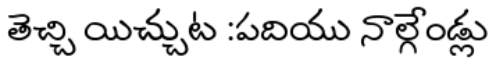
తెచ్చి యిచ్చుట :పదియు నాల్గేండ్లు